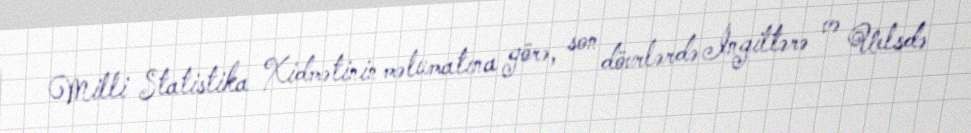
Milli Statistika Xidmətinin məlumatına görə, son dövrlərdə İngiltərə və Uelsdə